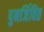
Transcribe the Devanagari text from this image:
पुनर्जिवित